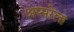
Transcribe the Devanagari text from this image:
अप्सरेला